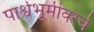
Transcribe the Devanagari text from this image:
पार्श्वभूमीवरचे